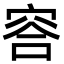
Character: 䆟